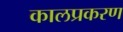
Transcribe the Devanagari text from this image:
कालप्रकरण